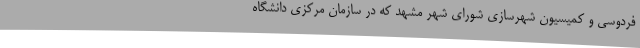
فردوسی و کمیسیون شهرسازی شورای شهر مشهد که در سازمان مرکزی دانشگاه